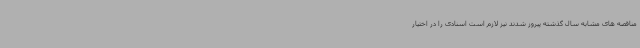
مناقصه های مشابه سال گذشته پیروز شدند نیز لازم است اسنادی را در اختیار